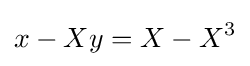
x-Xy=X-X^{3}